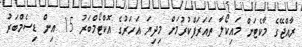
ރާއްޖޭގެ މާކެޓަށް މައިކޯލާ ތައަރަފްކުރުމަށް މިދިޔަ އަހަރުގެ އޮކްޓޯމްބަރު 15 އިން ޑިސެމްބަރު